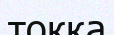
токқа